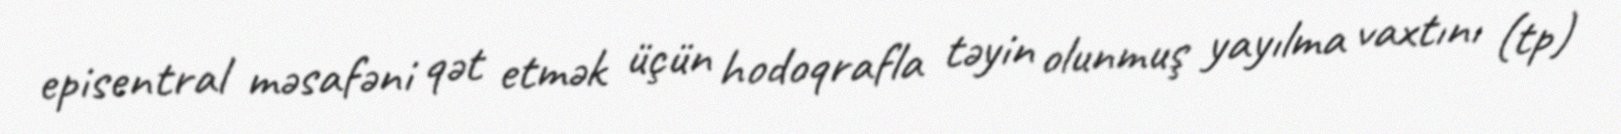
episentral məsafəni qət etmək üçün hodoqrafla təyin olunmuş yayılma vaxtını (tp)